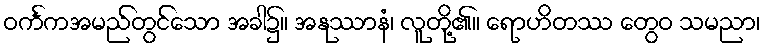
ဝင်္ကကအမည်တွင်သော အခါ၌။ အနုဿာနံ၊ လူတို့၏။ ရောဟိတဿ တွေဝ သမညာ၊